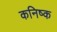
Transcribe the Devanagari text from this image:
कनिष्‍क